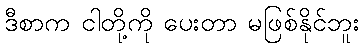
ဒီစာက ငါတို့ကို ပေးတာ မဖြစ်နိုင်ဘူး